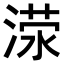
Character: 𬈜